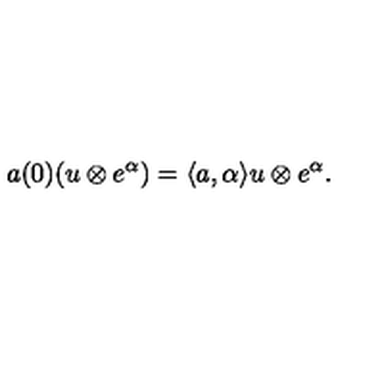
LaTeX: a ( 0 ) ( u \otimes e ^ { \alpha } ) = \langle a , \alpha \rangle u \otimes e ^ { \alpha } .